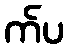
က်ပ